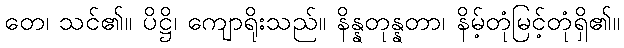
တေ၊ သင်၏။ ပိဋ္ဌိ၊ ကျောရိုးသည်။ နိန္နတုန္နတာ၊ နိမ့်တုံမြင့်တုံရှိ၏။